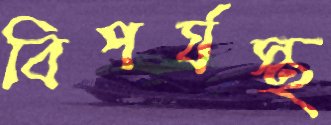
বিপর্যস্থ